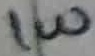
Text: 1W